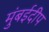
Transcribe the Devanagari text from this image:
मुंबईदीप